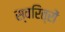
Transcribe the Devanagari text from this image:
स्वरित्रों